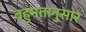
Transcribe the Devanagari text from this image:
बहुमतानुसार